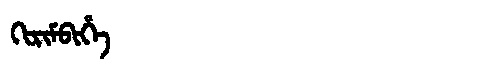
Manchu: ᡴᡳᡵᡳᠮᠪᡳᡥᡝ
Romanization: KIRIMBIHE